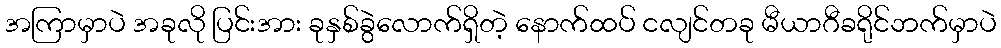
အကြာမှာပဲ အခုလို ပြင်းအား ခုနှစ်ခွဲလောက်ရှိတဲ့ နောက်ထပ် ငလျင်တခု မီယာဂီခရိုင်ဘက်မှာပဲ